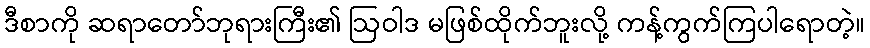
ဒီစာကို ဆရာတော်ဘုရားကြီး၏ ဩဝါဒ မဖြစ်ထိုက်ဘူးလို့ ကန့်ကွက်ကြပါရောတဲ့။